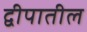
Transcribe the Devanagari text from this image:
द्वीपातील